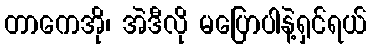
တာကေအို၊ အဲဒီလို မပြောပါနဲ့ရှင်ရယ်